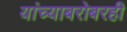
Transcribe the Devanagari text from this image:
यांच्याबरोबरही